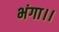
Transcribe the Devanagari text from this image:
भंगा।।